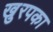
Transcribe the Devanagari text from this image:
खुरपका